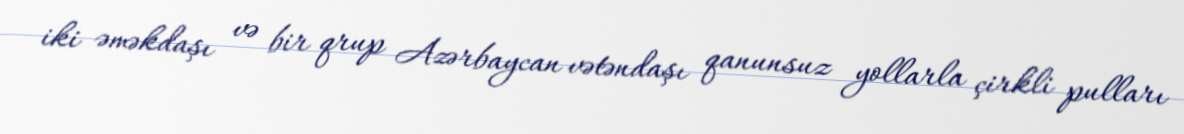
iki əməkdaşı və bir qrup Azərbaycan vətəndaşı qanunsuz yollarla çirkli pulları